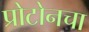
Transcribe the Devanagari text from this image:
प्रोटोनचा